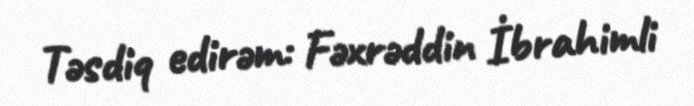
Təsdiq edirəm: Fəxrəddin İbrahimli